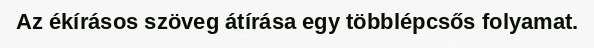
Az ékírásos szöveg átírása egy többlépcsős folyamat.